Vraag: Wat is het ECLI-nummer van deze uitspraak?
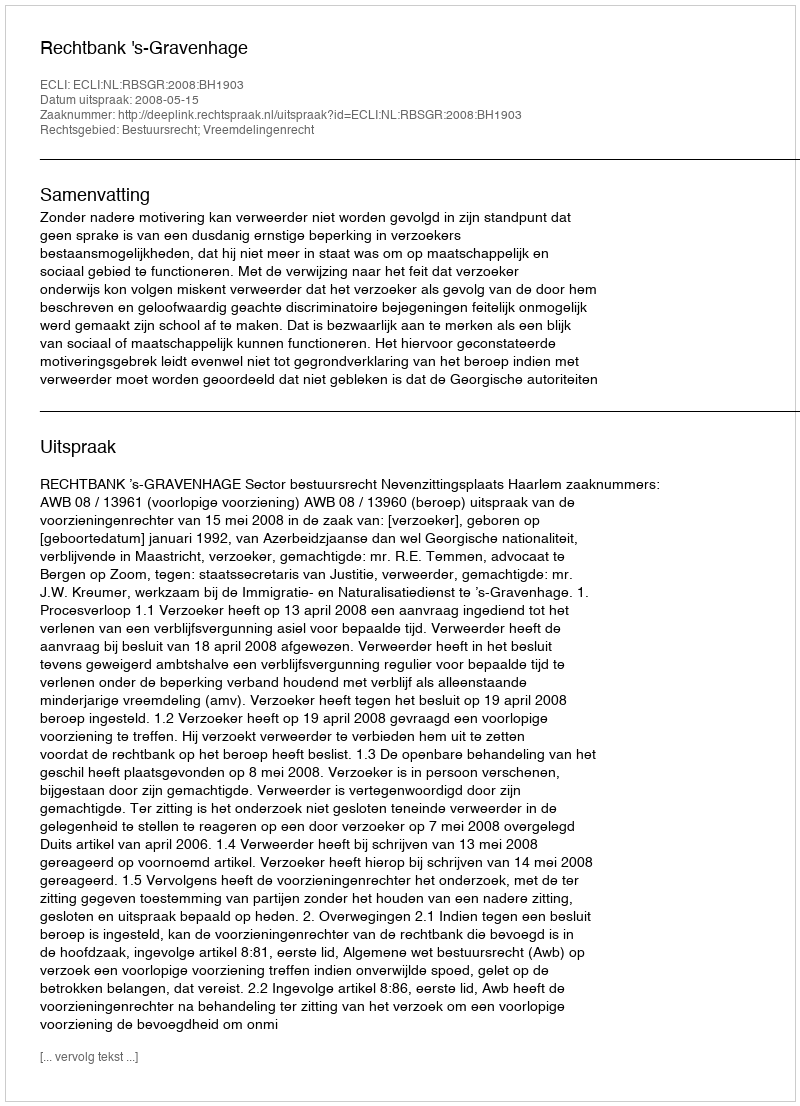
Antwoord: ECLI:NL:RBSGR:2008:BH1903